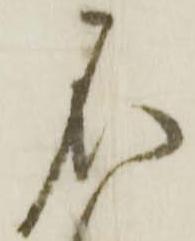
不